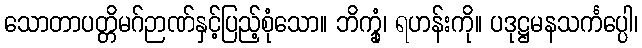
သောတာပတ္တိမဂ်ဉာဏ်နှင့်ပြည့်စုံသော။ ဘိက္ခုံ၊ ရဟန်းကို။ ပဒုဋ္ဌမနသင်္ကပ္ပေါ၊